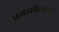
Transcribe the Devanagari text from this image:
प्रभावांविषयीचे